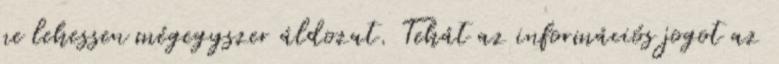
ne lehessen mégegyszer áldozat. Tehát az információs jogot az